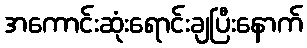
အကောင်းဆုံးရောင်းချပြီးနောက်